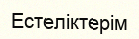
Естеліктерім